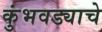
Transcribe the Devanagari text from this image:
कुंभवड्याचे